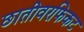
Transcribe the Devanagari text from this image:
छातीवरफिकट